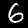
Digit: 6